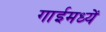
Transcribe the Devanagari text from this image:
गाईमध्यें